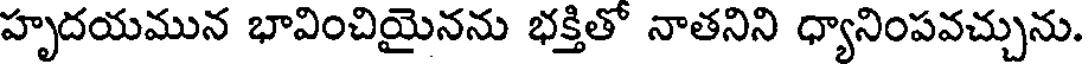
హృదయమున భావించియైనను భక్తితో నాతనిని ధ్యానింపవచ్చును.